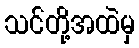
သင်တို့အထဲမှ